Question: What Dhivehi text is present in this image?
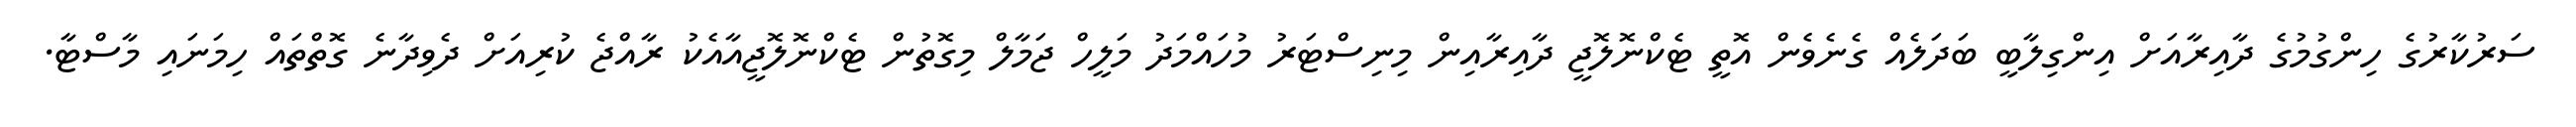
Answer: ސަރުކާރުގެ ހިންގުމުގެ ދާއިރާއަށް އިންގިލާބީ ބަދަލެއް ގެނެވެން އޮތީ ޓެކްނޮލޮޖީ ދާއިރާއިން މިނިސްޓަރު މުހައްމަދު މަލީހް ޖަމާލް މިގޮތުން ޓެކްނޮލޮޖީއާއެކު ރާއްޖެ ކުރިއަށް ދެވިދާނެ ގޮތްތައް ހިމަނައި މާސްޓާ.